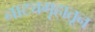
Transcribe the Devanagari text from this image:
नाट्यगृहातून